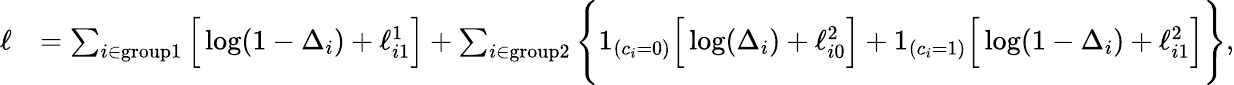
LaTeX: \begin{array}{rl}{\ell}&{=\sum_{i\in\mathrm{group1}}\Big[\log(1-\Delta_{i})+\ell_{i1}^{1}\Big]+\sum_{i\in\mathrm{group2}}\Bigg\{ 1_{(c_{i}=0)}\Big[\log(\Delta_{i})+\ell_{i0}^{2}\Big]+1_{(c_{i}=1)}\Big[\log(1-\Delta_{i})+\ell_{i1}^{2}\Big]\Bigg\} ,}\end{array}